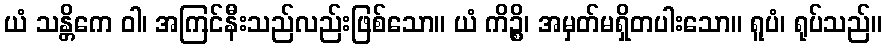
ယံ သန္တိကေ ဝါ၊ အကြင်နီးသည်လည်းဖြစ်သော။ ယံ ကိဉ္စိ၊ အမှတ်မရှိတပါးသော။ ရူပံ၊ ရုပ်သည်။